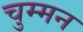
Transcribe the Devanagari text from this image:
चुम्मन